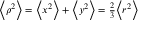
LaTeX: \scriptstyle \left\langle \rho ^ { 2 } \right\rangle \; = \; \left\langle x ^ { 2 } \right\rangle \; + \; \left\langle y ^ { 2 } \right\rangle \; = \; { \frac { 2 } { 3 } } \left\langle r ^ { 2 } \right\rangle